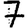
Digit: 7